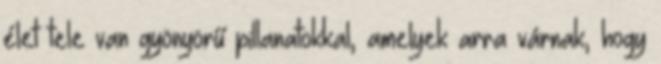
élet tele van gyönyörű pillanatokkal, amelyek arra várnak, hogy